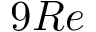
9 R e